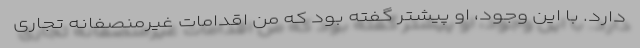
دارد. با این وجود، او پیشتر گفته بود که من اقدامات غیرمنصفانه تجاری